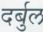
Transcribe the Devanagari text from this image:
दर्बुल